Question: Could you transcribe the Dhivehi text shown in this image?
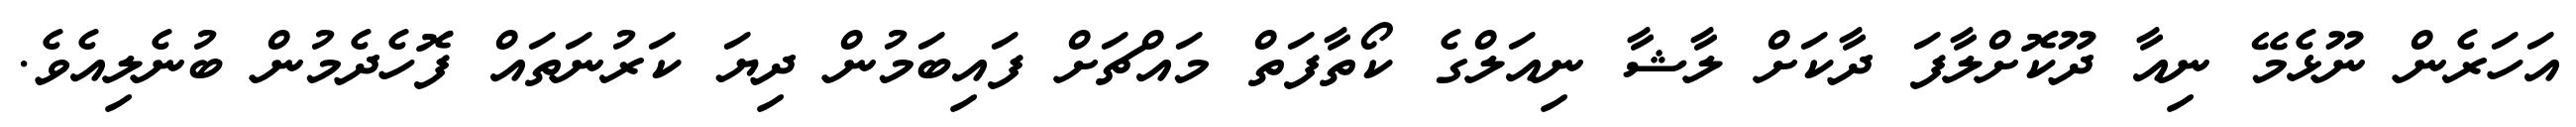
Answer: އަހަރެން ނޫޅެމޭ ނިއާ ދޫކޮށްލާފަ ދާކަށް ލާޝާ ނިއަލްގެ ކޯތާފަތް މައްޗަށް ފައިބަމުން ދިޔަ ކަރުނަތައް ފޮހެދެމުން ބުނެލިއެވެ.